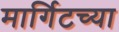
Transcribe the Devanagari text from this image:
मार्गिटच्या